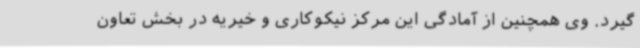
‌گیرد. وی همچنین از آمادگی این مرکز نیکوکاری و خیریه در بخش تعاون